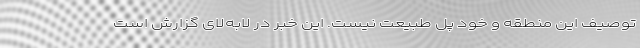
توصیف این منطقه و خود پل طبیعت نیست. این خبر در لابه‌لای گزارش است